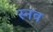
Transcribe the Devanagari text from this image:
स्नव